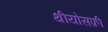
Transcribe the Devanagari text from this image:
थीयोसफ़ी